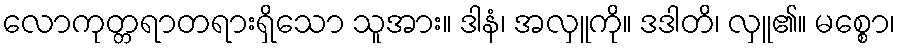
လောကုတ္တရာတရားရှိသော သူအား။ ဒါနံ၊ အလှူကို။ ဒဒါတိ၊ လှူ၏။ မစ္စော၊